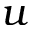
u